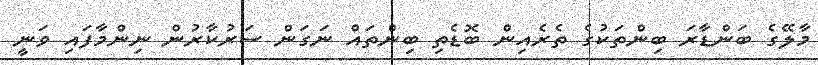
މާލޭގެ ބަންޑާރަ ބިންތަކުގެ ތެރެއިން ބޮޑެތި ބިންތައް ނަގަން ސަރުކާރުން ނިންމާފައި ވަނީ